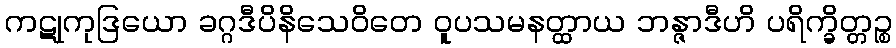
ကဋုကုဒြယော ခဂ္ဂဒီပိနိသေဝိတေ ဝူပသမနတ္ထာယ ဘန္ဇာဒီဟိ ပရိက္ခိတ္တဉ္စ